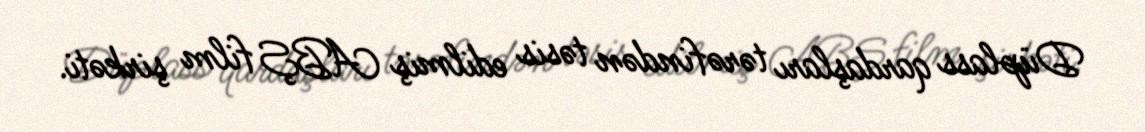
Düplass qardaşları tərəfindən təsis edilmiş ABŞ film şirkəti.